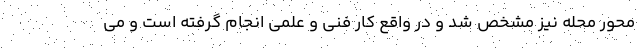
محور محله نیز مشخص شد و در واقع کار فنی و علمی انجام گرفته است و می